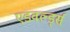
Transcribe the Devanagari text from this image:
एडवर्ल्ड्स